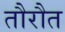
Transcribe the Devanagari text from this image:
तौरौत